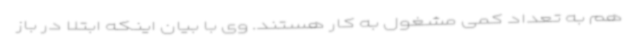
هم به تعداد کمی مشغول به کار هستند. وی با بیان اینکه ابتلا در باز